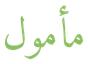
مأمول